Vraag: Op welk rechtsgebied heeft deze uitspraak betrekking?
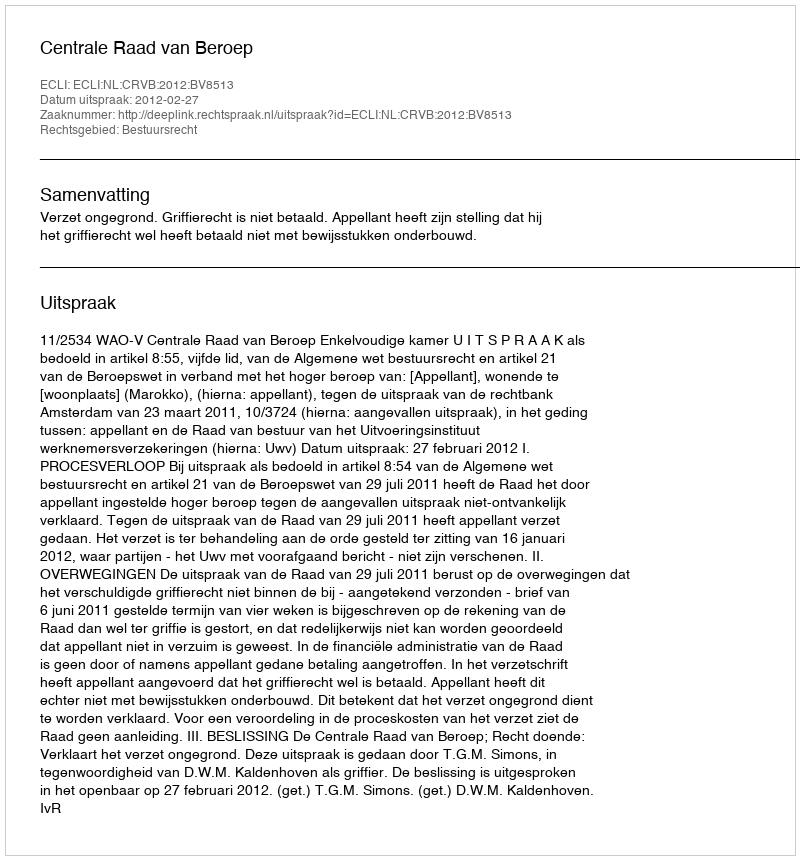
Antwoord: Bestuursrecht